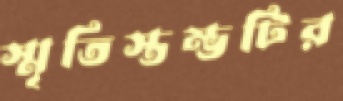
স্মৃতিস্তম্ভটির